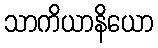
သာကိယာနိယော